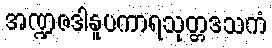
အဏ္ဍဇဒါနူပကာရသုတ္တဒသကံ